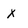
Character: X